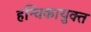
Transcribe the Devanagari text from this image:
हन्विकायुक्त